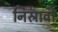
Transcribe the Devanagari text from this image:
निस्रावी